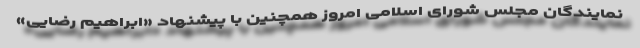
نمایندگان مجلس شورای اسلامی امروز همچنین با پیشنهاد «ابراهیم رضایی»